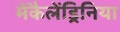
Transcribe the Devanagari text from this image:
मेंकैलेंड्रिनिया